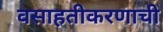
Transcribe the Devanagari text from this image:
वसाहतीकरणाची